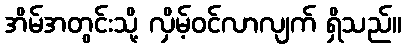
အိမ်အတွင်းသို့ လှိမ့်ဝင်လာလျက် ရှိသည်။